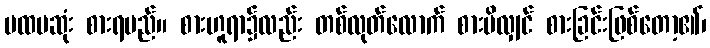
ပထမဆုံး စားရမည်။ စားဟူရာ၌လည်း တစ်လုတ်လောက် စားမိလျှင် စားခြင်းဖြစ်တော့၏၊